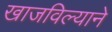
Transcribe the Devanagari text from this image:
खाजविल्याने